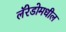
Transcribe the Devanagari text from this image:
लॅरेडोमधील